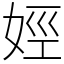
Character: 娙